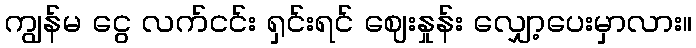
ကျွန်မ ငွေ လက်ငင်း ရှင်းရင် ဈေးနှုန်း လျှော့ပေးမှာလား။